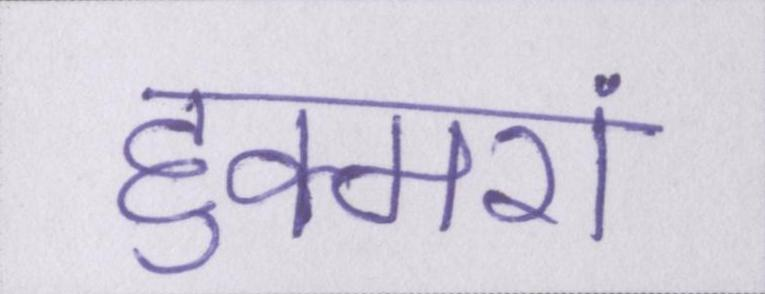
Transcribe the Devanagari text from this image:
हुक्मरां